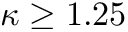
\kappa \ge 1 . 2 5